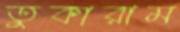
তুকারাম